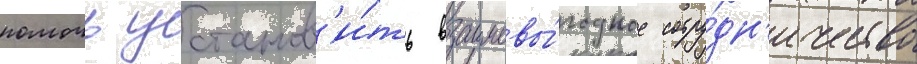
помочь установ'и́ть взаимовы́годное сотру́дн'ичество